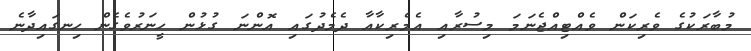
މުބާރަކުގެ ވެރިކަން ވެއްޓިއްޖެނަމަ މިސުރާއި އެމެރިކާއާ ދެމެދުގައި އޮންނަ ގުޅުން ހީނަރުވެގެން ހިނގައިދާނެ